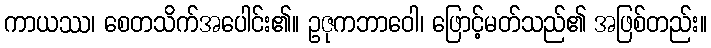
ကာယဿ၊ စေတသိက်အပေါင်း၏။ ဥဇုကဘာဝေါ၊ ဖြောင့်မတ်သည်၏ အဖြစ်တည်း။